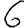
Digit: 6